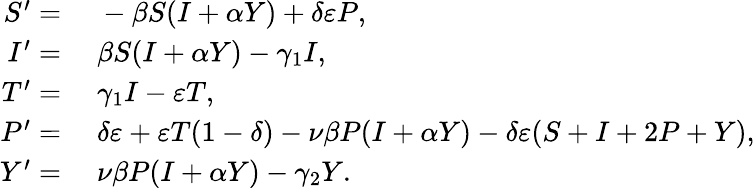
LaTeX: \begin{array}{rl}{S^{\prime}=}&{{}\; -\beta S(I+\alpha Y)+\delta\varepsilon P,}\\ {I^{\prime}=}&{{}\; \beta S(I+\alpha Y)-\gamma_{1}I,}\\ {T^{\prime}=}&{{}\; \gamma_{1}I-\varepsilon T,}\\ {P^{\prime}=}&{{}\; \delta\varepsilon+\varepsilon T(1-\delta)-\nu\beta P(I+\alpha Y)-\delta\varepsilon(S+I+2P+Y),}\\ {Y^{\prime}=}&{{}\; \nu\beta P(I+\alpha Y)-\gamma_{2}Y.}\end{array}